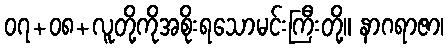
၀၇+၀၈+လူတို့ကိုအစိုးရသောမင်းကြီးတို့။ နာဂရာဇာ၊